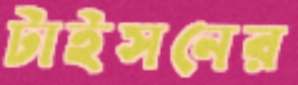
টাইসনের